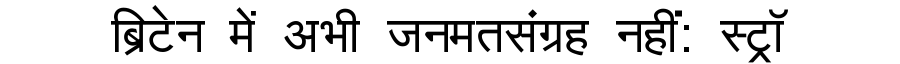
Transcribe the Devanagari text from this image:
ब्रिटेन में अभी जनमतसंग्रह नहीं: स्ट्रॉ